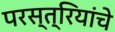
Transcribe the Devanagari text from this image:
परस्त्रियांचे